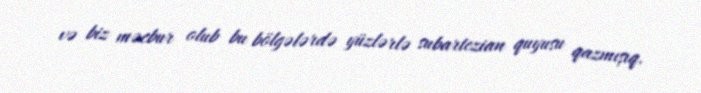
və biz məcbur olub bu bölgələrdə yüzlərlə subartezian quyusu qazmışıq.